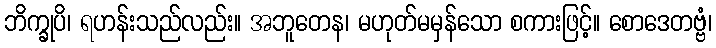
ဘိက္ခုပိ၊ ရဟန်းသည်လည်း။ အဘူတေန၊ မဟုတ်မမှန်သော စကားဖြင့်။ စောဒေတဗ္ဗံ၊